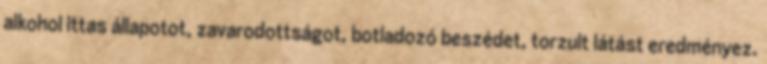
alkohol ittas állapotot, zavarodottságot, botladozó beszédet, torzult látást eredményez.